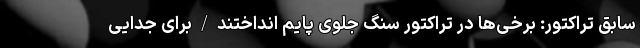
سابق تراکتور: برخی‌ها در تراکتور سنگ جلوی پایم انداختند/برای جدایی